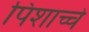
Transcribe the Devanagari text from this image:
पिशाच्चे